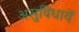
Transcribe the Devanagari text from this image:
असुविधायें